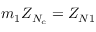
m _ { 1 } Z _ { N _ { c } } = Z _ { N 1 }